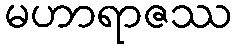
မဟာရာဇဿ